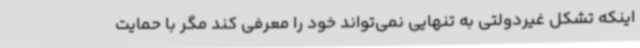
اینکه تشکل غیردولتی به تنهایی نمی‌تواند خود را معرفی کند مگر با حمایت